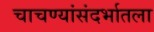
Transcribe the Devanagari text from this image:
चाचण्यांसंदर्भातला